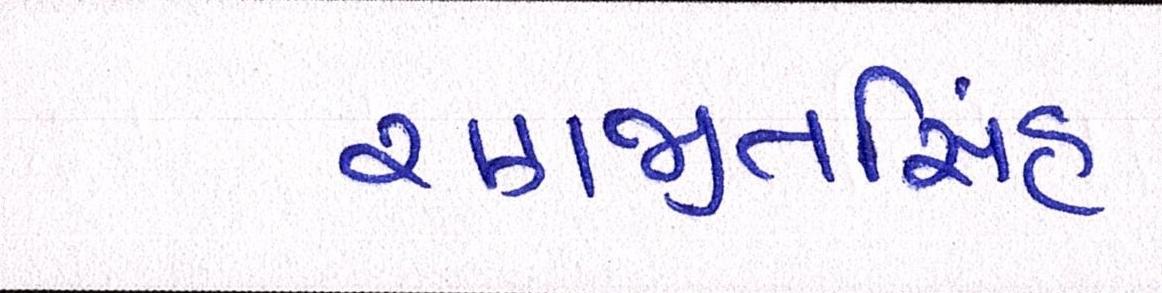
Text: રણજીતસિંહ